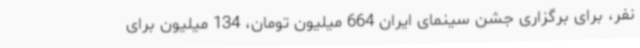
نفر، برای برگزاری جشن سینمای ایران 664 میلیون تومان، 134 میلیون برای